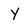
Character: Y